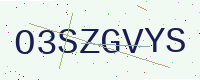
Text: O3SZGVYS